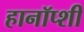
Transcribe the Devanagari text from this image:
हानॉप्शी